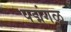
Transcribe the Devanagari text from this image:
पद्मंगळ